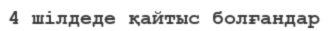
4 шілдеде қайтыс болғандар